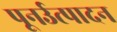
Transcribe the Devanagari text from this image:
पूनर्उत्पादन